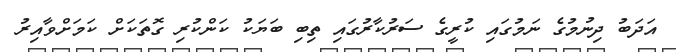
އަދަބު ދިނުމުގެ ނަމުގައި ކުރީގެ ސަރުކާރުގައި ތިބި ބަޔަކު ކަންކުރި ގޮތަކަށް ކަމަށްވާއިރު